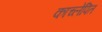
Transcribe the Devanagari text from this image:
काच्लेपित